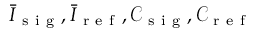
\bar { I } _ { \mathrm { ~ s ~ i ~ g ~ } } , \bar { I } _ { \mathrm { ~ r ~ e ~ f ~ } } , \mathcal { C } _ { \mathrm { ~ s ~ i ~ g ~ } } , \mathcal { C } _ { \mathrm { ~ r ~ e ~ f ~ } }